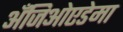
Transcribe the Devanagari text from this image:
अँजिओएडेमा